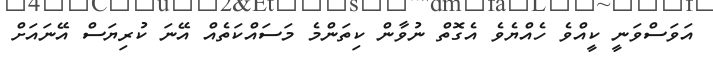
އަވަސްވަނީ ކީއްވެ ހެއްޔެވެ އެގޮތް ނުވާން ކިތަންމެ މަސައްކަތެއް އޭނަ ކުރިޔަސް އޭނައަށް